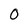
Character: 0